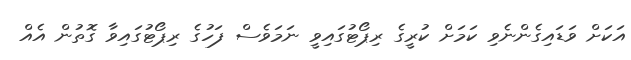
އަކަށް ވަޑައިގެންނެވި ކަމަށް ކުރީގެ ރިޕޯޓުގައިވީ ނަމަވެސް ފަހުގެ ރިޕޯޓުގައިވާ ގޮތުން އެއް